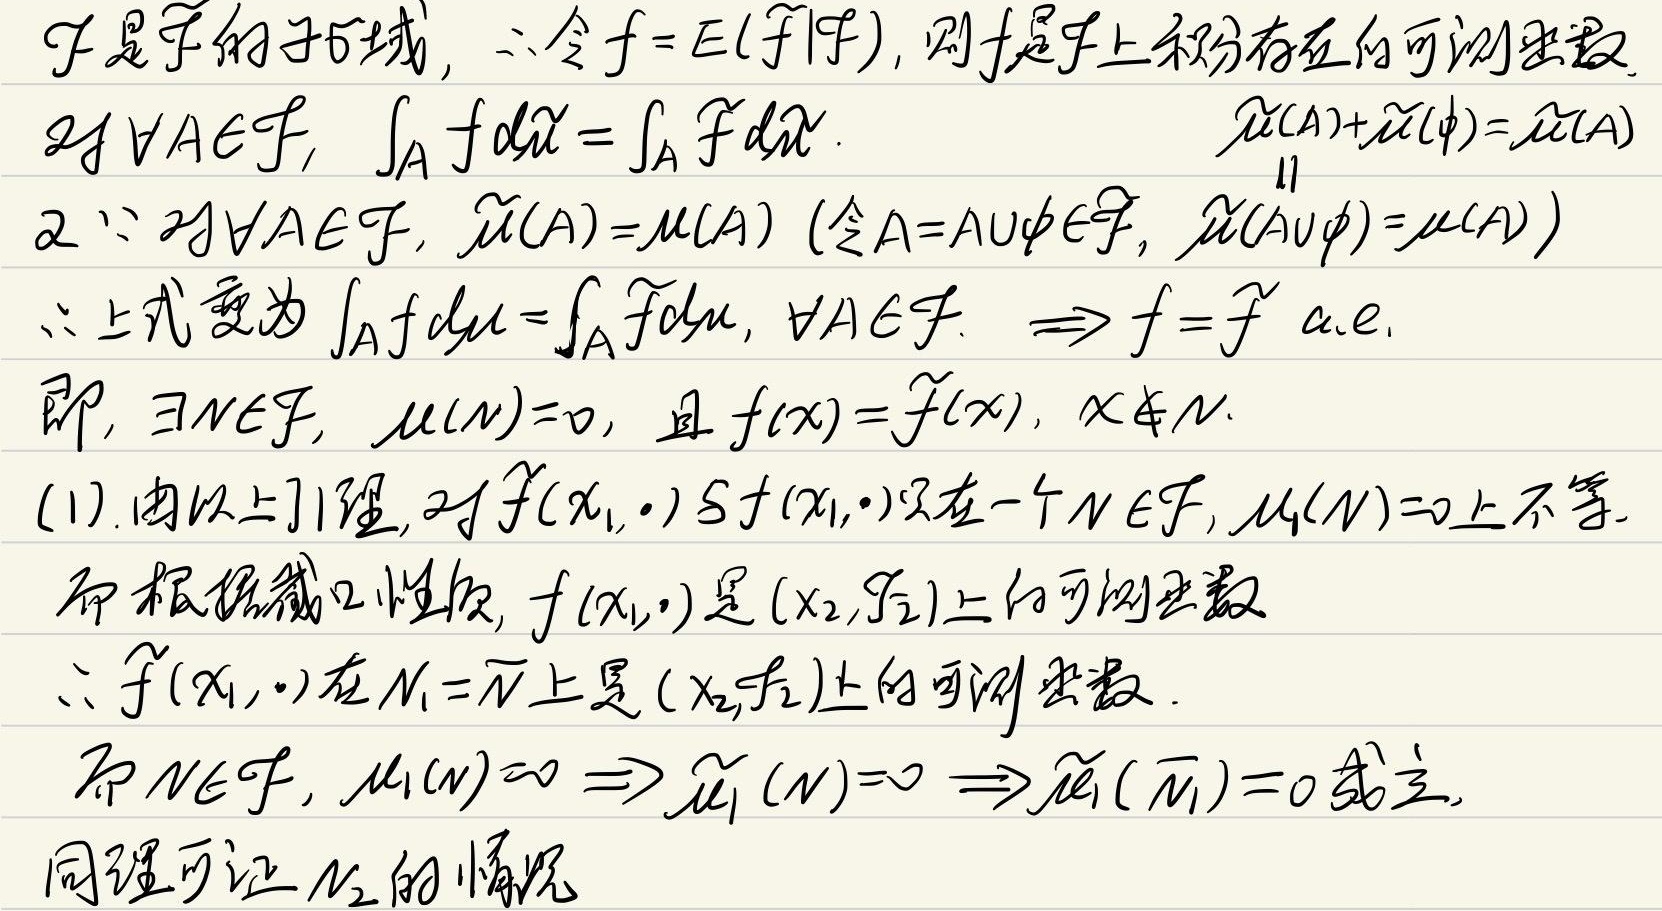
$\mathcal{F}$是$\mathcal{X}$的子$\sigma$ -域，所以令$f = E(\widetilde{f}|\mathcal{F})$，则$f$是$\mathcal{F}$上积分存在的可测函数。对于任意$A\in\mathcal{F}$，有$\int_{A}f\mathrm{d}\widetilde{\mu}=\int_{A}\widetilde{f}\mathrm{d}\widetilde{\mu}$。因为$\widetilde{\mu}(A)+\widetilde{\mu}(\varnothing)=\widetilde{\mu}(A)$，又因为对于任意$A\in\mathcal{F}$，$\widetilde{\mu}(A)=\mu(A)$（令$A = A\cup\varnothing\in\mathcal{F}$，则$\widetilde{\mu}(A\cup\varnothing)=\mu(A)$），所以上式变为$\int_{A}f\mathrm{d}\mu=\int_{A}\widetilde{f}\mathrm{d}\mu$，对于任意$A\in\mathcal{F}$。这意味着$f=\widetilde{f}$几乎处处成立，即存在$N\in\mathcal{F}$，使得$\mu(N) = 0$，且当$x\notin N$时，$f(x)=\widetilde{f}(x)$。(1). 由以上引理，对于任意$\widetilde{f}(x_1,\cdot)$与$f(x_1,\cdot)$只在一个$N\in\mathcal{F}$且$\mu_1(N)=0$的集合上不相等。而根据截口性质，$f(x_1,\cdot)$是$(x_2,\mathcal{F}_2)$上的可测函数，所以$\widetilde{f}(x_1,\cdot)$在$N_1=\overline{N}$上是$(x_2,\mathcal{F}_2)$上的可测函数。即$N\in\mathcal{F}$，$\mu_1(N) = 0$意味着$\widetilde{\mu}_1(N)=0$，进而$\widetilde{\mu}_1(\overline{N}_1)=0$成立。同理可证$N_2$的情况。

对应的数学公式部分：
\(\mathcal{F}\)是\(\mathcal{X}\)的子\(\sigma\) -域，\(\therefore\)令\(f = E(\widetilde{f}|\mathcal{F})\)，则\(f\)是\(\mathcal{F}\)上积分存在的可测函数。\(\forall A\in\mathcal{F}\)，\(\int_{A}f\mathrm{d}\widetilde{\mu}=\int_{A}\widetilde{f}\mathrm{d}\widetilde{\mu}\)。\(\widetilde{\mu}(A)+\widetilde{\mu}(\varnothing)=\widetilde{\mu}(A)\)又\(\because\forall A\in\mathcal{F}\)，\(\widetilde{\mu}(A)=\mu(A)\)（令\(A = A\cup\varnothing\in\mathcal{F}\)，\(\widetilde{\mu}(A\cup\varnothing)=\mu(A)\)）\(\therefore\)上式变为\(\int_{A}f\mathrm{d}\mu=\int_{A}\widetilde{f}\mathrm{d}\mu\)，\(\forall A\in\mathcal{F}\)。\(\Rightarrow f=\widetilde{f}\) a.e.即，\(\exists N\in\mathcal{F}\)，\(\mu(N) = 0\)，且\(f(x)=\widetilde{f}(x)\)，\(x\notin N\)。(1). 由以上引理，\(\forall\widetilde{f}(x_1,\cdot)\)与\(f(x_1,\cdot)\)只在一个\(N\in\mathcal{F}\)，\(\mu_1(N)=0\)上不等。而根据截口性质，\(f(x_1,\cdot)\)是\((x_2,\mathcal{F}_2)\)上的可测函数\(\therefore\widetilde{f}(x_1,\cdot)\)在\(N_1=\overline{N}\)上是\((x_2,\mathcal{F}_2)\)上的可测函数。即\(N\in\mathcal{F}\)，\(\mu_1(N) = 0\Rightarrow\widetilde{\mu}_1(N)=0\Rightarrow\widetilde{\mu}_1(\overline{N}_1)=0\)成立。同理可证\(N_2\)的情况。